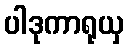
ပါဒုကာရုယှ